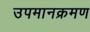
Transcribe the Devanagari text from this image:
उपमानक्रमण